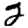
Digit: 2